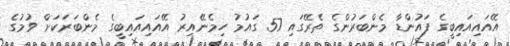
އޭއައިއައިބީގެ ފައުންޑާ މެންބަރުންގެ ތެރޭގައި 57 ގައުމު ހިމެނޭއިރު އޭއައިއައިބީގެ މެންބަރަކަށް ވުމުގެ